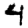
Digit: 4